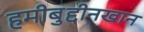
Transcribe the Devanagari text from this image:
हमीबुद्दीनखान